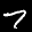
Label: 7